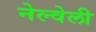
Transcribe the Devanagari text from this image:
नेल्वेली